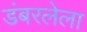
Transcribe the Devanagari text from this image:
डंबरलेला